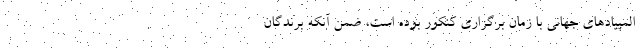
المپیادهای جهانی با زمان برگزاری کنکور بوده است، ضمن آنکه برندگان